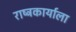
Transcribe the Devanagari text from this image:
राष्ट्रकार्याला